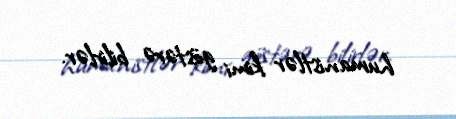
humanistlər kimi göstərə bilirlər.